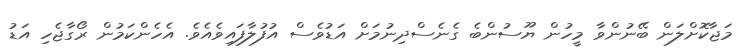
މަޖާކޮށްލަން ބޭނުންވާ މީހުން ޔޫސުންބެ ގެނެސްދިނުމަށް އަޑުވެސް އުފުލާފައިވެއެވެ. އެހެންކަމުން ރޯގާޖެހި އަޑު